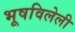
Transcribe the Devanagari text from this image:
भूषविलेली